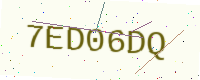
Text: 7ED06DQ